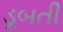
ડૂબતી